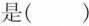
是( )